system: You are a helpful assistant.
user:
Analyze the provided spectrum to determine if it is a **S-type Star**.

- **Key Indicators for S-type Star:**

    - **(Overall Spectrum Shape):** The first and most obvious characteristic is the overall continuum (the "baseline" shape). It is **extremely "red-sloping,"** meaning the flux (light intensity) is very low on the left side (blue, ~4000-4500 Å) and rises steeply and continuously toward the right side (red, ~7000 Å+).

    - **(Primary):** The spectrum is defined by the presence of strong, broad molecular absorption "valleys" (bands) from **Zirconium Oxide (ZrO)**. The identification of these bands is the **primary requirement** for classifying a star as S-type.
        - **(Key Bandheads):** You must find distinct, deep "dips" where the light has been absorbed. The most critical band systems to locate are:
            - **~6474 Å** ($\gamma$-system): This is often the strongest and clearest ZrO feature, found in the red part of the spectrum.
            - **~5718 Å** & **~5551 Å** ($\beta$-system): A pair of prominent absorption features in the yellow-orange part of the spectrum.
            - **~4640 Å** ($\alpha$-system): A key absorption band system in the blue-green region of the spectrum.

    - **(Secondary Confirmation):** The classification is strengthened by finding additional absorption bands from other related heavy element oxides, which are expected to be present alongside ZrO.
        - **(Key Bandheads):**
            - **Yttrium Oxide (YO):** Look for absorption dips near **~4800 Å** and **~6100 Å**.
            - **Lanthanum Oxide (LaO):** Additional absorption features, particularly in the red-orange part of the spectrum, are also characteristic.

    - **(Line Profile):** The combination of the steep red continuum and these numerous, deep molecular bands (ZrO, YO, etc.) gives the entire spectrum a very **"chopped-up"** or **"bumpy"** appearance. Instead of a smooth curve, the spectrum looks as though large, wide chunks of light have been "carved out" of it at the specific wavelengths listed above.

Think first, call **spectral_visualization_tool** if needed to examine features in detail, then provide your final answer. Your response must adhere to the following strict rules:
1.  **Overall Structure:** Your response must follow the format `<think>...</think> <tool_call>...</tool_call> (if a tool is used) <answer>...</answer>`.
2.  **Tool Usage Constraint:** You may only make **one** tool call per turn.
3.  **Final Answer Format:** In the `<answer>` tag, your conclusion must be inside a `\boxed{}` command (e.g., `\boxed{YES}` or `\boxed{NO}`), followed by your justification.

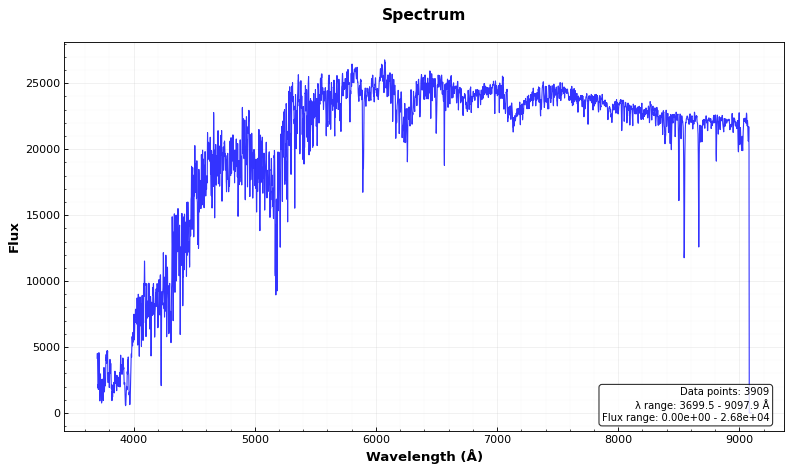
Answer: NO